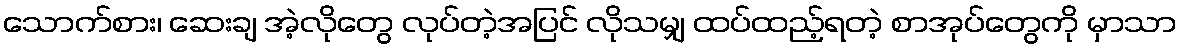
သောက်စား၊ ဆေးချ အဲ့လိုတွေ လုပ်တဲ့အပြင် လိုသမျှ ထပ်ထည့်ရတဲ့ စာအုပ်တွေကို မှာသာ